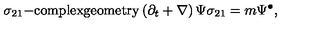
\sigma _ { 2 1 } \mathrm { - c o m p l e x g e o m e t r y } \left( \partial _ { t } + \nabla \right) \Psi \sigma _ { 2 1 } = m \Psi ^ { \bullet } ,